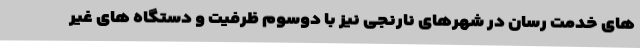
های خدمت رسان در شهرهای نارنجی نیز با دوسوم ظرفیت و دستگاه های غیر